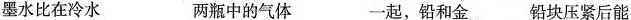
墨水比在冷水 两瓶中的气体 一起，铅和金 铅块压紧后能